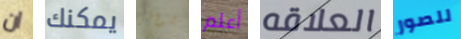
ان يمكنك شواطئ أعلم العلاقه للصور